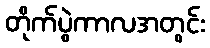
တိုက်ပွဲကာလအတွင်း